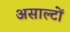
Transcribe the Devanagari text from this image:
असाल्टों